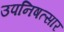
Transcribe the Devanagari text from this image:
उपनिषत्सार